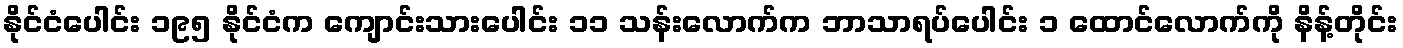
နိုင်ငံပေါင်း ၁၉၅ နိုင်ငံက ကျောင်းသားပေါင်း ၁၁ သန်းလောက်က ဘာသာရပ်ပေါင်း ၁ ထောင်လောက်ကို နိန့်တိုင်း